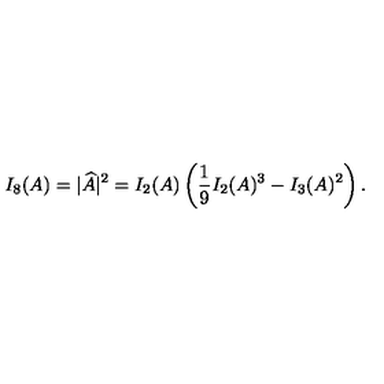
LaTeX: I _ { 8 } ( A ) = | \widehat { A } | ^ { 2 } = I _ { 2 } ( A ) \left( \frac { 1 } { 9 } I _ { 2 } ( A ) ^ { 3 } - I _ { 3 } ( A ) ^ { 2 } \right) .